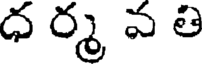
ధ ర్మ వ తి